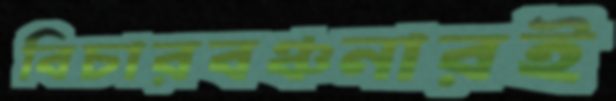
বিচারবঞ্চনারই